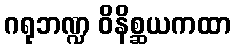
ဂရုဘဏ္ဍ ဝိနိစ္ဆယကထာ